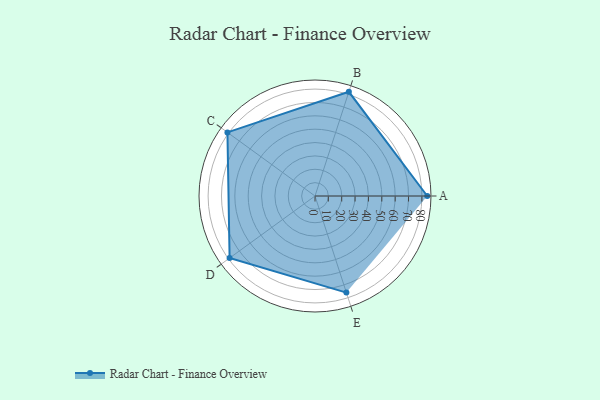
{"axis": {"x": "Skill", "y": "Score"}, "legend": ["Profile"], "data": [{"x": "A", "y": 84.0, "type": "Profile"}, {"x": "B", "y": 82.0, "type": "Profile"}, {"x": "C", "y": 81.0, "type": "Profile"}, {"x": "D", "y": 79.0, "type": "Profile"}, {"x": "E", "y": 76.0, "type": "Profile"}]}